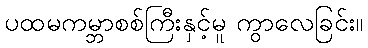
ပထမကမ္ဘာစစ်ကြီးနှင့်မူ ကွာလေခြင်း။